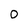
Character: 0